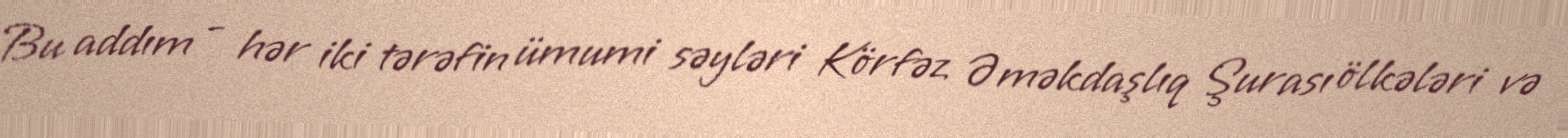
Bu addım - hər iki tərəfin ümumi səyləri Körfəz Əməkdaşlıq Şurası ölkələri və